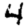
Digit: 4